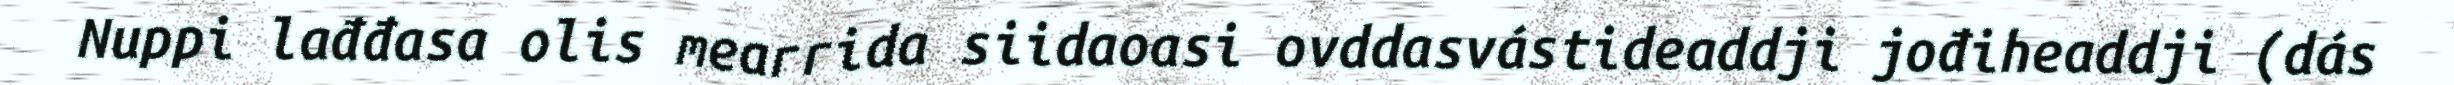
Nuppi lađđasa olis mearrida siidaoasi ovddasvástideaddji jođiheaddji (dás